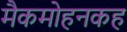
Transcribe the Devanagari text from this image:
मैकमोहनकह